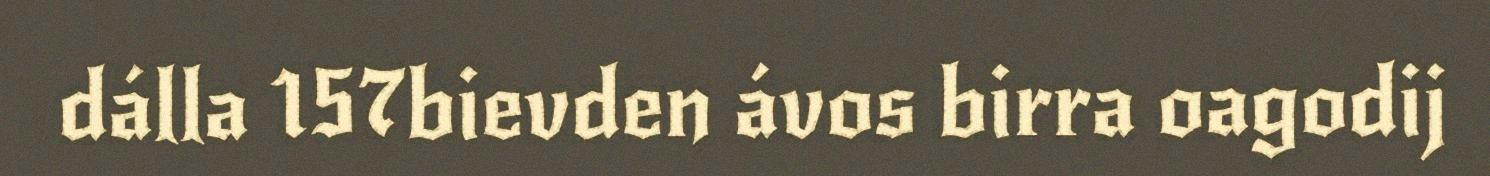
dálla 157bievden ávos birra oagodij